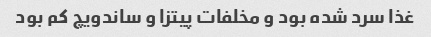
غذا سرد شده بود و مخلفات پیتزا و ساندویچ کم بود